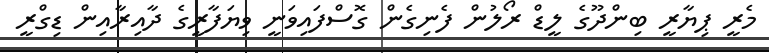
މެރީ ޕިޔާރީ ބިންދޫގެ ލީޑް ރޯލުން ފެނިގެން ގޮސްފައިވަނީ ވިޔަފާރީގެ ދާއިރާއިން ޑިގްރީ